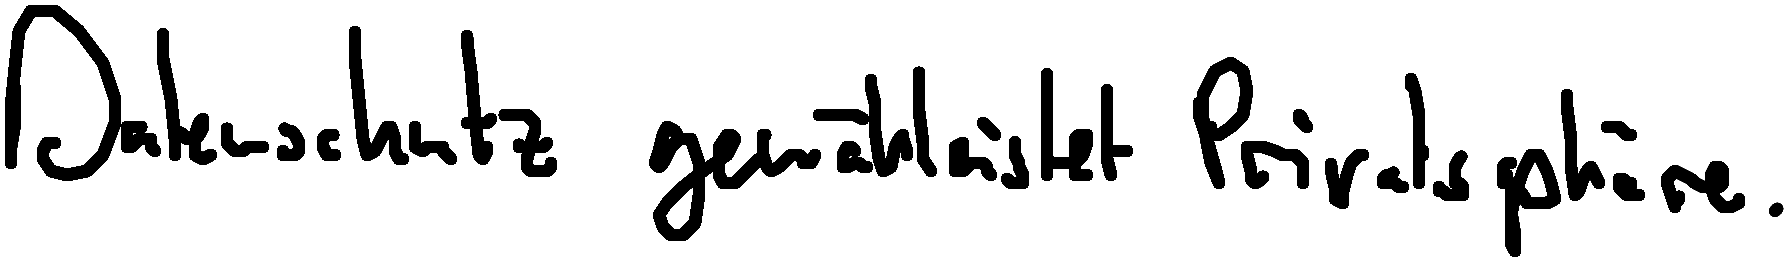
Datenschutz gewährleistet Privatsphäre.